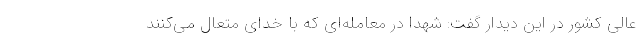
عالی کشور در این دیدار گفت: شهدا در معامله‌ای که با خدای متعال می‌کنند